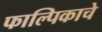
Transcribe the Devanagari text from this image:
फाल्पिकाचे